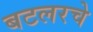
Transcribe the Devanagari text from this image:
बटलरचे